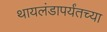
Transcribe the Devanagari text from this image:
थायलंडापर्यंतच्या